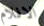
الافلام